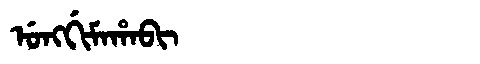
Manchu: ᡠᠩᡤᡳᠮᠠᡥᠠᠪᡳ
Romanization: UNGGIMAHABI